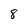
Character: 8